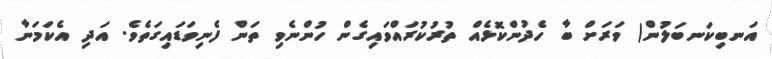
އަނބިކަނބަލުން) ވަރަށް ބާ ހެދުންކޮޅެއް ތުރުކުރައްވައިގެން ހުންނެވި ތަން ފެނިވަޑައިގަތެވެ. އަދި އެކަމަނާ